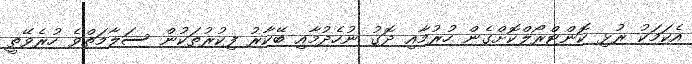
އެކަމަކު ރުޅި ކޮންޓްރޯލްކޮށްގެން ހުރުމާއި ދޮގު ނުހެދުމާއި ބޭކާރު ފިކުރުތަކުން ސަލާމަތްވެ ހުރެވޭތީ